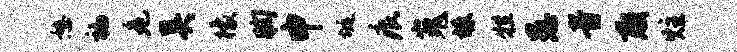
憩褊危吴檬胸申埏痕嵬竦牲愚音惑炷